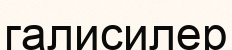
галисилер